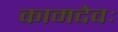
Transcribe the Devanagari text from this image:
कामदेवः